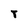
Character: T